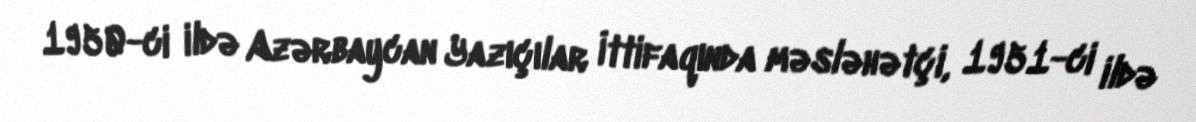
1950-ci ildə Azərbaycan Yazıçılar İttifaqında məsləhətçi, 1951-ci ildə